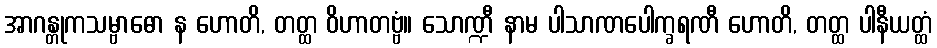
အာဂန္တုကသမ္ဗာဓော န ဟောတိ, တတ္ထ ဝိဟာတဗ္ဗံ။ သောဏ္ဍီ နာမ ပါသာဏပေါက္ခရဏီ ဟောတိ, တတ္ထ ပါနီယတ္ထံ